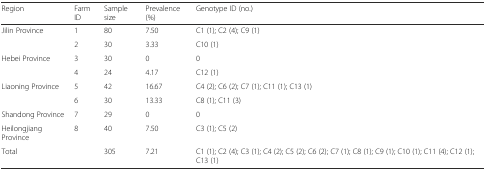
<table><thead><tr><td><b>Region</b></td><td><b>Farm ID</b></td><td><b>Sample size</b></td><td><b>Prevalence (%)</b></td><td><b>Genotype ID (no.)</b></td></tr></thead><tbody><tr><td rowspan="2">Jilin Province</td><td>1</td><td>80</td><td>7.50</td><td>C1 (1); C2 (4); C9 (1)</td></tr><tr><td>2</td><td>30</td><td>3.33</td><td>C10 (1)</td></tr><tr><td rowspan="2">Hebei Province</td><td>3</td><td>30</td><td>0</td><td>0</td></tr><tr><td>4</td><td>24</td><td>4.17</td><td>C12 (1)</td></tr><tr><td rowspan="2">Liaoning Province</td><td>5</td><td>42</td><td>16.67</td><td>C4 (2); C6 (2); C7 (1); C11 (1); C13 (1)</td></tr><tr><td>6</td><td>30</td><td>13.33</td><td>C8 (1); C11 (3)</td></tr><tr><td>Shandong Province</td><td>7</td><td>29</td><td>0</td><td>0</td></tr><tr><td>Heilongjiang Province</td><td>8</td><td>40</td><td>7.50</td><td>C3 (1); C5 (2)</td></tr><tr><td>Total</td><td></td><td>305</td><td>7.21</td><td>C1 (1); C2 (4); C3 (1); C4 (2); C5 (2); C6 (2); C7 (1); C8 (1); C9 (1); C10 (1); C11 (4); C12 (1); C13 (1)</td></tr></tbody></table>